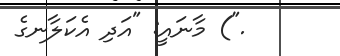
.") މާނައީ: "އަދި އެކަލާނގެ